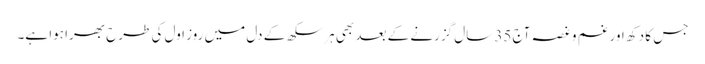
جس کا دکھ اور غم و غصہ آج 35 سال گزرنے کے بعد بھی ہر سکھ کے دل میں روز اول کی طرح بھرا ہوا ہے۔